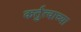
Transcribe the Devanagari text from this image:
कर्तुत्वाच्या